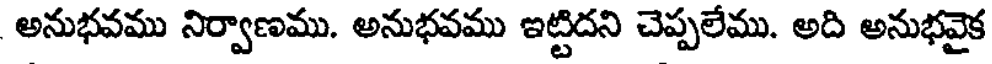
అనుభవము నిర్వాణము. అనుభవము ఇట్టిదని చెప్పలేము. అది అనుభవైక